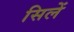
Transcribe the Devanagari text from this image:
सिलें